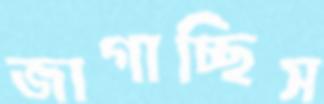
জাগাচ্ছিস